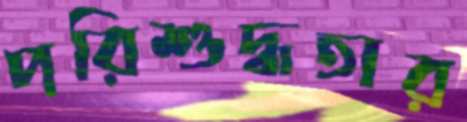
পরিশুদ্ধতার